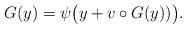
LaTeX: \begin{align*}G(y)=\psi\big(y+v\circ G(y))\big).\end{align*}